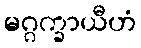
မဂ္ဂက္ခာယီဟံ